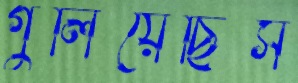
গুলিয়েছিস